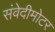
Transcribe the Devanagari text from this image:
संवेदीमोटर